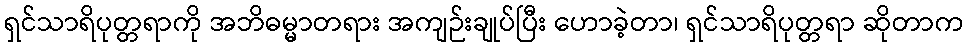
ရှင်သာရိပုတ္တရာကို အဘိဓမ္မာတရား အကျဉ်းချုပ်ပြီး ဟောခဲ့တာ၊ ရှင်သာရိပုတ္တရာ ဆိုတာက